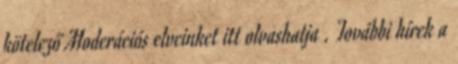
kötelező Moderációs elveinket itt olvashatja . További hírek a